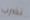
نضرب